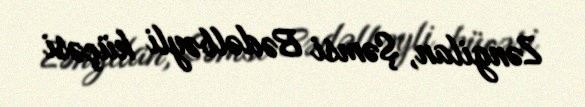
Zəngilan, Şəmsi Bədəlbəyli küçəsi